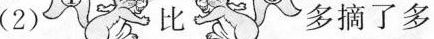
(2) 比 多摘了多